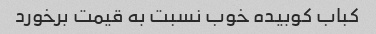
کباب کوبیده خوب نسبت به قیمت برخورد